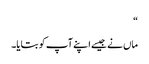
“
ماں نے جیسے اپنے آپ کو بتایا۔